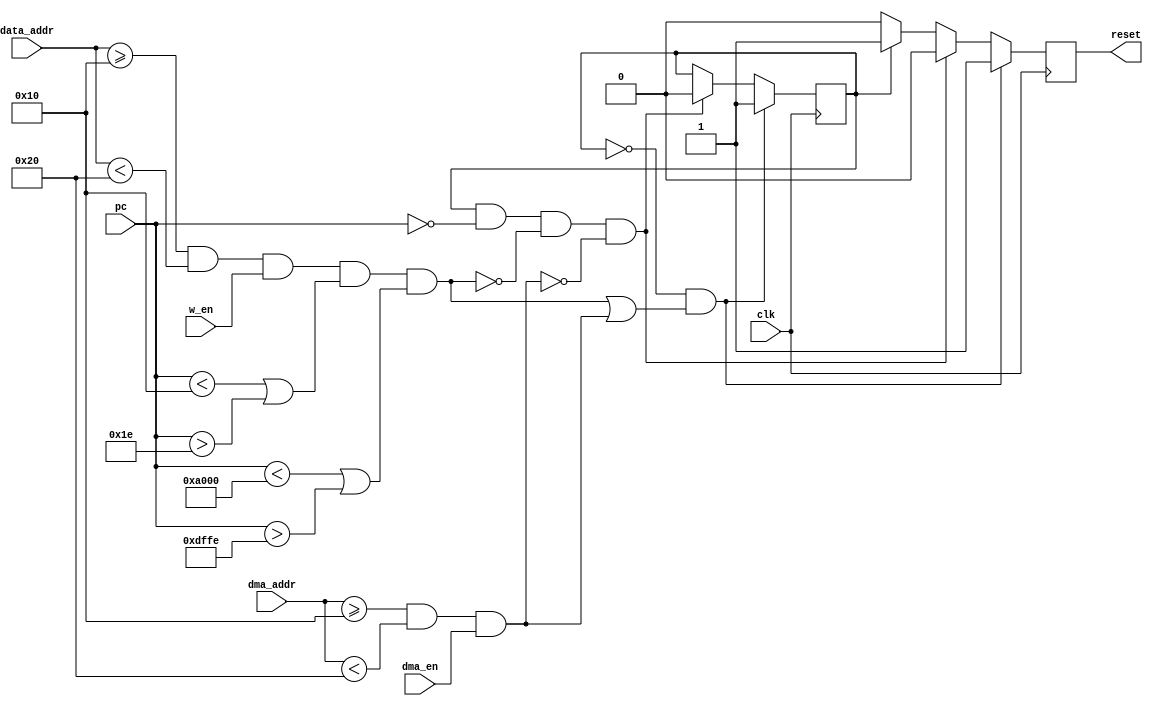

module  memory_protection (
    clk,
    pc,
    data_addr,
    w_en,
	dma_addr,
    dma_en,

    reset
);

input           clk;
input   [15:0]  pc;
input   [15:0]  data_addr;
input           w_en;
input   [15:0]  dma_addr;
input           dma_en;

output          reset;

// MACROS OVERWRITTEN BY EXTERNAL VALUES ///////////////////////////////////////////
parameter PROTECTED_BASE = 16'h0010;
parameter PROTECTED_SIZE = 16'h0010;
//
parameter TCB_BASE = 16'h0010;
parameter TCB_SIZE = 16'h0010;
/////////////////////////////////////////////////////

// CONSTANT SW-ATT ADDRESS RANGE
parameter SMEM_BASE = 16'hA000;
parameter SMEM_SIZE = 16'h4000;
//

parameter RESET_HANDLER = 16'h0000;
parameter RUN  = 1'b0, KILL = 1'b1;
//-------------Internal Variables---------------------------
reg             state;
reg             key_res;
//

initial
    begin
        state = KILL;
        key_res = 1'b1;
    end

wire cpu_protected_access = (data_addr >= PROTECTED_BASE) && (data_addr < (PROTECTED_BASE + PROTECTED_SIZE)) && w_en;
wire dma_protected_access = (dma_addr >= PROTECTED_BASE) && (dma_addr < (PROTECTED_BASE + PROTECTED_SIZE)) && dma_en;

wire pc_not_in_tcb = (pc < TCB_BASE) || (pc > (TCB_BASE + TCB_SIZE - 2));
wire pc_not_in_swatt = (pc < SMEM_BASE) || (pc > (SMEM_BASE + SMEM_SIZE - 2));
wire pc_in_tcb = !pc_not_in_tcb;

wire violation1 = cpu_protected_access && pc_not_in_tcb && pc_not_in_swatt;
wire violation2 = dma_protected_access;

always @(posedge clk)
if( state == RUN && (violation1 || violation2))
    state <= KILL;
else if (state == KILL && pc == RESET_HANDLER && !violation1 && !violation2)
    state <= RUN;
else state <= state;

always @(posedge clk)
if (state == RUN && (violation1 || violation2))
    key_res <= 1'b1;
else if (state == KILL && pc == RESET_HANDLER && !violation1 && !violation2)
    key_res <= 1'b0;
else if (state == KILL)
    key_res <= 1'b1;
else if (state == RUN)
    key_res <= 1'b0;
else key_res <= 1'b0;

assign reset = key_res;

endmodule